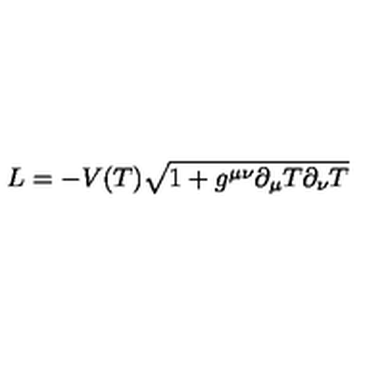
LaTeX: L = - V ( T ) \sqrt { 1 + g ^ { \mu \nu } \partial _ { \mu } T \partial _ { \nu } T }